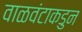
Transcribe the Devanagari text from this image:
वाळवंटाकडुन